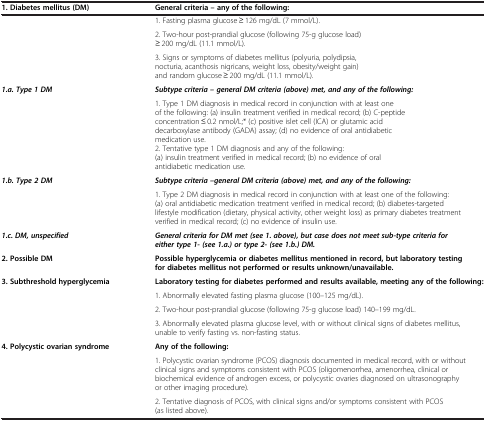
<table><thead><tr><td><b>1. Diabetes mellitus (DM)</b></td><td><b>General criteria -- any of the following:</b></td></tr></thead><tbody><tr><td rowspan="3"> </td><td>1. Fasting plasma glucose ≥ 126 mg/dL (7 mmol/L).</td></tr><tr><td>2. Two-hour post-prandial glucose (following 75-g glucose load) ≥ 200 mg/dL (11.1 mmol/L).</td></tr><tr><td>3. Signs or symptoms of diabetes mellitus (polyuria, polydipsia, nocturia, acanthosis nigricans, weight loss, obesity/weight gain) and random glucose ≥ 200 mg/dL (11.1 mmol/L).</td></tr><tr><td rowspan="2"><b><i>1.a. Type 1 DM</i></b></td><td><b><i>Subtype criteria – general DM criteria (above) met, and any of the following:</i></b></td></tr><tr><td>1. Type 1 DM diagnosis in medical record in conjunction with at least one of the following: (a) insulin treatment verified in medical record; (b) C-peptide concentration ≤ 0.2 nmol/L;* (c) positive islet cell (ICA) or glutamic acid decarboxylase antibody (GADA) assay; (d) no evidence of oral antidiabetic medication use. 2. Tentative type 1 DM diagnosis and any of the following: (a) insulin treatment verified in medical record; (b) no evidence of oral antidiabetic medication use.</td></tr><tr><td rowspan="2"><b><i>1.b. Type 2 DM</i></b></td><td><b><i>Subtype criteria –general DM criteria (above) met, and any of the following:</i></b></td></tr><tr><td>1. Type 2 DM diagnosis in medical record in conjunction with at least one of the following: (a) oral antidiabetic medication treatment verified in medical record; (b) diabetes-targeted lifestyle modification (dietary, physical activity, other weight loss) as primary diabetes treatment verified in medical record; (c) no evidence of insulin use.</td></tr><tr><td><b><i>1.c. DM, unspecified</i></b></td><td><b><i>General criteria for DM met (see 1. above), but case does not meet sub-type criteria for either type 1- (see 1.a.) or type 2- (see 1.b.) DM.</i></b></td></tr><tr><td><b>2. Possible DM</b></td><td><b>Possible hyperglycemia or diabetes mellitus mentioned in record, but laboratory testing for diabetes mellitus not performed or results unknown/unavailable.</b></td></tr><tr><td rowspan="4"><b>3. Subthreshold hyperglycemia</b></td><td><b>Laboratory testing for diabetes performed and results available, meeting any of the following:</b></td></tr><tr><td>1. Abnormally elevated fasting plasma glucose (100–125 mg/dL).</td></tr><tr><td>2. Two-hour post-prandial glucose (following 75-g glucose load) 140–199 mg/dL.</td></tr><tr><td>3. Abnormally elevated plasma glucose level, with or without clinical signs of diabetes mellitus, unable to verify fasting vs. non-fasting status.</td></tr><tr><td rowspan="3"><b>4. Polycystic ovarian syndrome</b></td><td><b>Any of the following:</b></td></tr><tr><td>1. Polycystic ovarian syndrome (PCOS) diagnosis documented in medical record, with or without clinical signs and symptoms consistent with PCOS (oligomenorrhea, amenorrhea, clinical or biochemical evidence of androgen excess, or polycystic ovaries diagnosed on ultrasonography or other imaging procedure).</td></tr><tr><td>2. Tentative diagnosis of PCOS, with clinical signs and/or symptoms consistent with PCOS (as listed above).</td></tr></tbody></table>